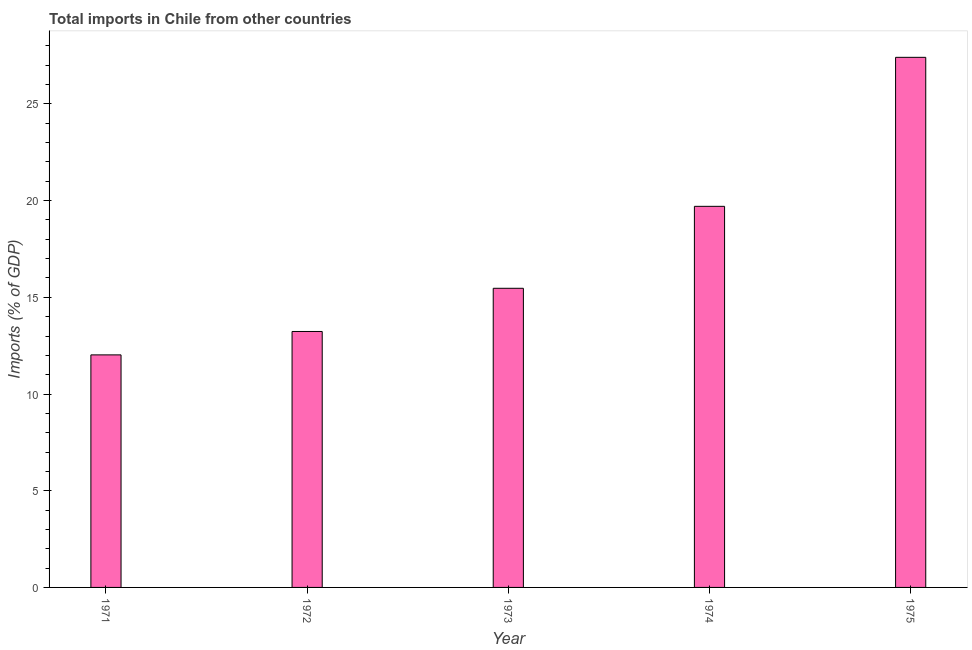
| Year | Imports |
 | --- | --- |
 | 1971 | 12 |
 | 1972 | 13.2 |
 | 1973 | 15.5 |
 | 1974 | 19.7 |
 | 1975 | 27.4 |